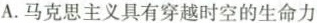
A.马克思主义具有穿越时空的生命力